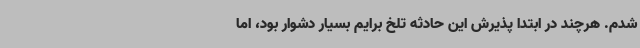
شدم. هرچند در ابتدا پذیرش این حادثه تلخ برایم بسیار دشوار بود، اما